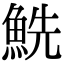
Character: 𩶤